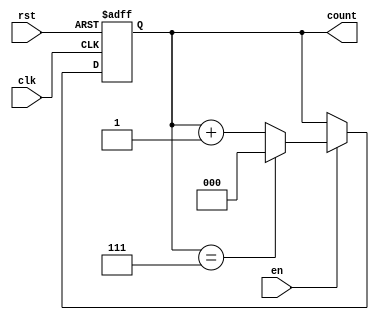
module synchronous_counter (
    input wire clk,        // Clock signal
    input wire rst,        // Reset signal (active high)
    input wire en,         // Enable signal
    output reg [N-1:0] count // Count output (N bits wide)
);
    parameter N = 3; // Bit width of the counter (can be changed as needed)
    parameter MAX_COUNT = (1 << N) - 1; // Maximum count value (2^N - 1)

    // Synchronous reset and counting logic
    always @(posedge clk or posedge rst) begin
        if (rst) begin
            count <= 0; // Reset count to 0
        end else if (en) begin
            if (count == MAX_COUNT) begin
                count <= 0; // Wrap around to 0
            end else begin
                count <= count + 1; // Increment count
            end
        end
    end
endmodule